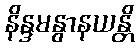
နိန္ဒမနွာနယန္တိ